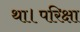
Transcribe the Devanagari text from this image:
था।परिक्षा